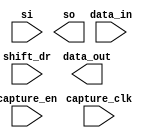
////////////////////////////////////////////////////////////////////////////////
//
//       This confidential and proprietary software may be used only
//     as authorized by a licensing agreement from Synopsys Inc.
//     In the event of publication, the following notice is applicable:
//
//                    (C) COPYRIGHT 1998 - 2016 SYNOPSYS INC.
//                           ALL RIGHTS RESERVED
//
//       The entire notice above must be reproduced on all authorized
//     copies.
//
//
// VERSION:   Simulation Architecture
//
// DesignWare_version: 55ba9a1e
// DesignWare_release: K-2015.06-DWBB_201506.5.2
//
////////////////////////////////////////////////////////////////////////////////
//-----------------------------------------------------------------------------------
//
// ABSTRACT:  Boundary Scan Cell Type BC_4
//
//
//
//
//  Input Ports:    Size    Description
//  ===========     ====    ===========
//  capture_clk     1 bit   Clocks data into the capture stage
//  capture_en      1 bit   Enable for data clocked into the capture
//  shift_dr        1 bit   Enables the boundary scan chain to shift data
//                          one stage toward its serial output (tdo)
//  si              1 bit   Serial path from the previous boundary scan cell
//  data_in         1 bit   Input data
//
//  Output Ports    Size    Description
//  ============    ====    ===========
//  so              1 bit   Serial path to the next boundary scan cell
//
//
//
// MODIFIED:
//
//  Liming SU   02/25/2016  Simplified codes by using continuous assignments
//
//  Liming SU   02/04/2016  Eiminated use of non-blocking assignments in
//                          always blocks that doesn't use posedge or
//                          negedge conditioning
//
//  RPH         05/17/2002  Added data_out pin as per the requirement in the
//                          specification (STAR 130443)
//-----------------------------------------------------------------------------
module DW_bc_4 (
  capture_clk,
  capture_en,
  shift_dr,
  si,
  data_in,
  so,
  data_out
);

  input  capture_clk;
  input  capture_en;
  input  shift_dr;
  input  si;
  input  data_in;
  output so;
  output data_out;
   
  wire next_so;
  reg  so;

// synopsys translate_off

  assign data_out = data_in;
   
  assign next_so = (capture_en===1'b1) ? so :
                     ((shift_dr===1'b1) ? si : data_in);

  always @(posedge capture_clk) begin : so_proc_PROC
    so <= next_so;
  end

//synopsys translate_on

endmodule